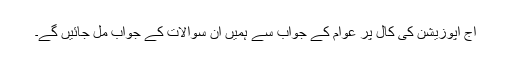
آج اپوزیشن کی کال پر عوام کے جواب سے ہمیں ان سوالات کے جواب مل جائیں گے۔